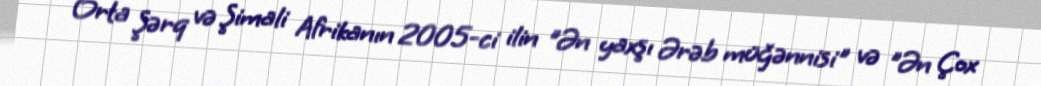
Orta Şərq və Şimali Afrikanın 2005-ci ilin "Ən yaxşı Ərəb müğənnisi" və "Ən Çox